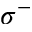
\sigma ^ { - }